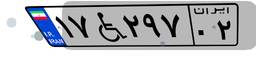
۱۷W۲۹۷۰۲